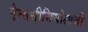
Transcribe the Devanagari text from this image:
ऐन्सथीसियोलाजी